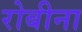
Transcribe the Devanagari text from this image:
रोबीना